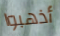
أذهبوا